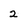
Character: 2